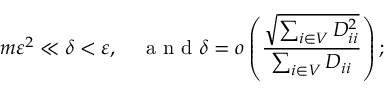
m \varepsilon ^ { 2 } \ll \delta < \varepsilon , \quad \mathrm { ~ a ~ n ~ d ~ } \displaystyle \delta = o \left( \frac { \sqrt { \sum _ { i \in V } D _ { i i } ^ { 2 } } } { \sum _ { i \in V } D _ { i i } } \right) ;